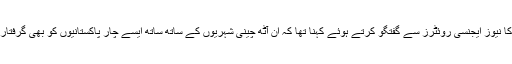
پاکستان کے وفاقی تحقیقاتی ادارے (ایف آئی اے) کے ایک عہدیدار جمیل احمد کا نیوز ایجنسی روئٹرز سے گفتگو کرتے ہوئے کہنا تھا کہ ان آٹھ چینی شہریوں کے ساتھ ساتھ ایسے چار پاکستانیوں کو بھی گرفتار کر لیا گیا ہے،جو ایسی جعلی شادیوں کے لیے سہولت کار کا کام کرتے تھے۔